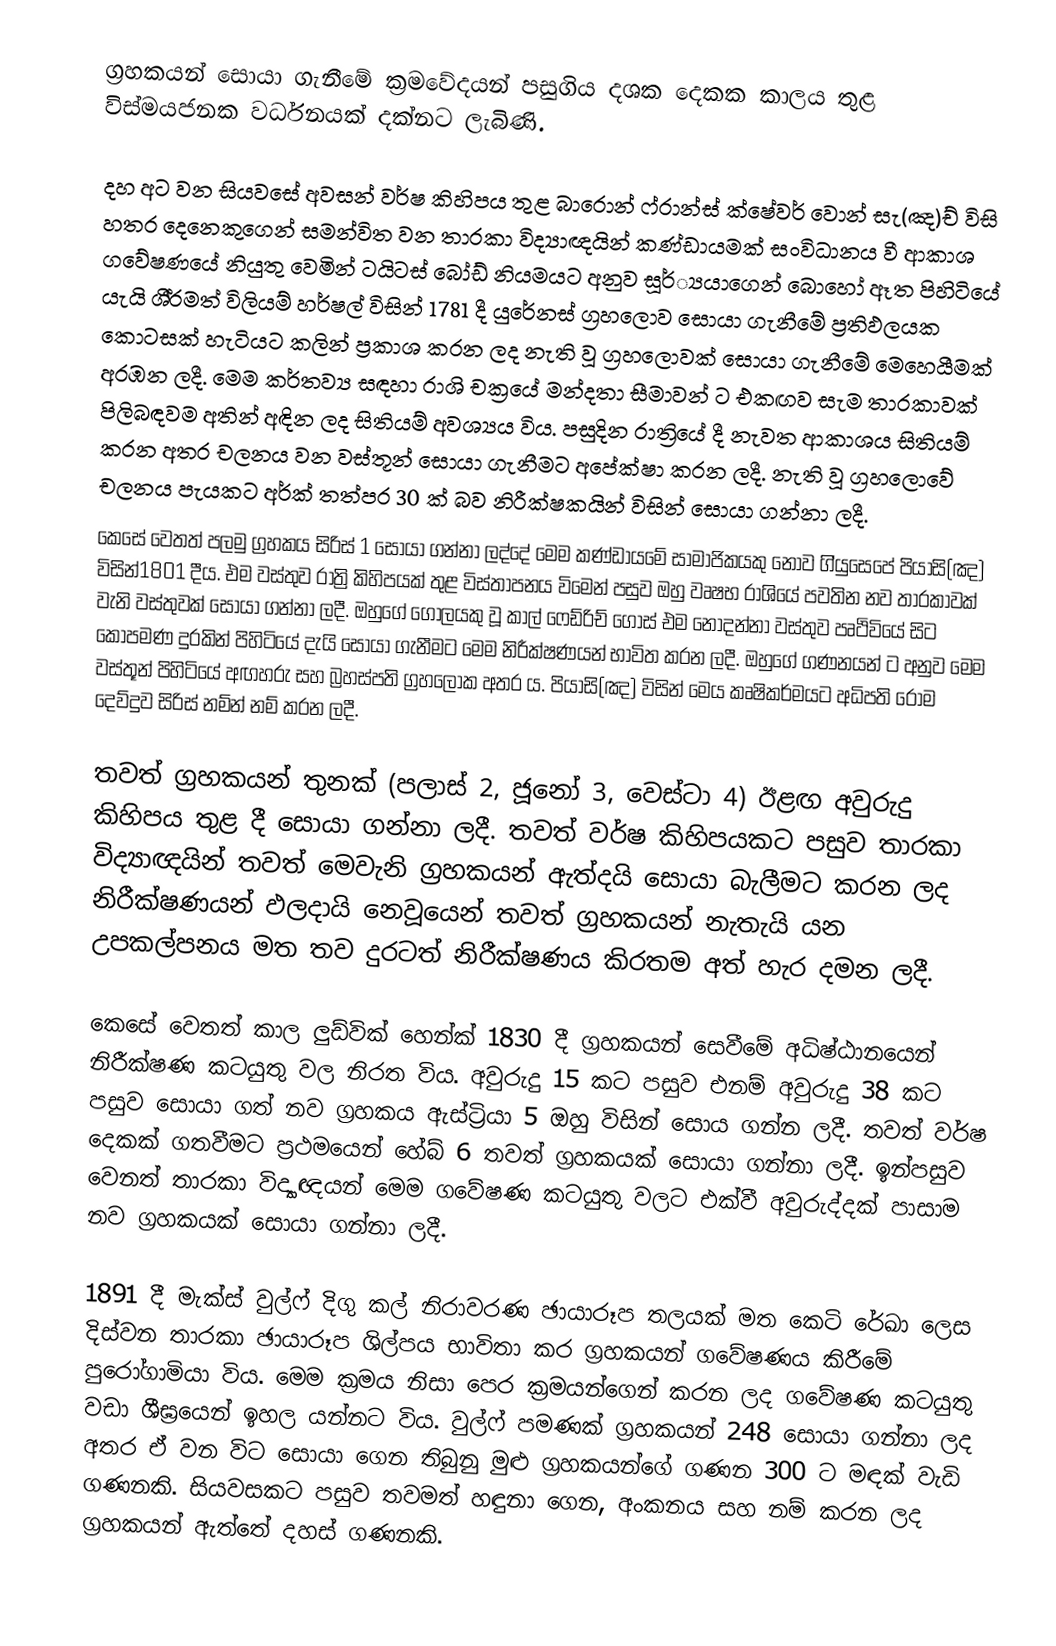
ග්‍රහකයන් සොයා ගැනීමේ ක්‍රමවේදයන් පසුගිය දශක දෙකක කාලය තුළ විස්මයජනක වර්ධනයක් දක්නට ලැබිණි.

දහ අට වන සියවසේ අවසන් වර්ෂ කිහිපය තුළ බාරොන් ෆ්රාන්ස් ක්ෂේවර් වොන් සැ(ඤ)ච් විසි හතර දෙනෙකුගෙන් සමන්විත වන තාරකා විද්‍යාඥයින් කණ්ඩායමක් සංවිධානය වී ආකාශ ගවේෂණයේ නියුතු වෙමින් ටයිටස් බෝඩ් නියමයට අනුව සූර්්‍යයාගෙන් බොහෝ ඈත පිහිටියේ යැයි ශී්‍රමත් විලියම් හර්ෂල් විසින් 1781 දී යුරේනස් ග්‍රහලොව සොයා ගැනීමේ ප්‍රතිඵලයක කොටසක් හැටියට කලින් ප්‍රකාශ කරන ලද නැති වූ ග්‍රහලොවක් සොයා ගැනීමේ මෙහෙයීමක් අරඹන ලදී. මෙම කර්තව්‍ය සඳහා රාශි චක්‍රයේ මන්දතා සීමාවන් ට එකඟව සැම තාරකාවක් පිලිබඳවම අතින් අඳින ලද සිතියම් අවශ්‍යය විය. පසුදින රාත්‍රියේ දී නැවත ආකාශය සිතියම් කරන අතර චලනය වන වස්තූන් සොයා ගැනීමට අපේක්ෂා කරන ලදී. නැති වූ ග්‍රහලොවේ චලනය පැයකට අර්ක් තත්පර 30 ක් බව නිරීක්ෂකයින් විසින් සොයා ගන්නා ලදී.
කෙසේ වෙතත් පලමු ග්‍රහකය සිරිස් 1 සොයා ගන්නා ලද්දේ මෙම කණ්ඩායමේ සාමාජිකයකු නොව ගි්‍යුසෙපේ පියාසි(ඤ) විසින්1801 දීය. එම වස්තුව රාත්‍රි කිහිපයක් තුළ විස්තාපනය විමෙන් පසුව ඔහු වෘෂභ රාශියේ පවතින නව තාරකාවක් වැනි වස්තුවක් සොයා ගන්නා ලදී.  ඔහුගේ ගෝලයකු වූ කාල් ෆෙඩ්රිච් ගෝස් එම නොදන්නා වස්තුව පෘථිවියේ සිට කොපමණ දුරකින් පිහිටියේ දැයි සොයා ගැනීමට මෙම නිරීක්ෂණයන් භාවිත කරන ලදී. ඔහුගේ ගණනයන් ට අනුව මෙම වස්තූන් පිහිටියේ අඟහරු සහ බ්‍රහස්පති ග්‍රහලෝක අතර ය. පියාසි(ඤ) විසින් මෙය කෘෂිකර්මයට අධිපති රෝම දෙව්දුව සිරිස් නම්න් නම් කරන ලදී.

තවත් ග්‍රහකයන් තුනක් (පලාස් 2, ජූනෝ 3, වෙස්ටා 4) ඊළඟ අවුරුදු කිහිපය තුළ දී සොයා ගන්නා ලදී. තවත් වර්ෂ කිහිපයකට පසුව තාරකා විද්‍යාඥයින් තවත් මෙවැනි ග්‍රහකයන් ඇත්දයි සොයා බැලීමට කරන ලද නිරීක්ෂණයන් ඵලදායි නෙවූයෙන් තවත් ග්‍රහකයන් නැතැයි යන උපකල්පනය මත තව දුරටත් නිරීක්ෂණය කිරතම අත් හැර දමන ලදී.

කෙසේ වෙතත් කාල ලුඩ්වික් හෙන්ක් 1830 දී ග්‍රහකයන් සෙවීමේ අධිෂ්ඨානයෙන් නිරීක්ෂණ කටයුතු වල නිරත විය. අවුරුදු 15 කට පසුව එනම් අවුරුදු 38 කට පසුව සොයා ගත් නව ග්‍රහකය ඇස්ට්‍රියා 5 ඔහු විසින් සොය ගන්න ලදී. තවත් වර්ෂ දෙකක් ගතවීමට ප්‍රථමයෙන් හේබ් 6 තවත් ග්‍රහකයක් සොයා ගන්නා ලදී. ඉන්පසුව වෙනත් තාරකා විද්‍යාඥයන් මෙම ගවේෂණ කටයුතු වලට එක්වී අවුරුද්දක් පාසාම නව ග්‍රහකයක් සොයා ගන්නා ලදී.

1891 දී මැක්ස් වුල්ෆ් දිගු කල් නිරාවරණ ඡායාරූප තලයක් මත කෙටි රේඛා ලෙස දිස්වන තාරකා ඡායාරූප ශිල්පය භාවිතා කර ග්‍රහකයන් ගවේෂණය කිරීමේ පුරෝගාමියා විය. මෙම ක්‍රමය නිසා පෙර ක්‍රමයන්ගෙන් කරන ලද ගවේෂණ කටයුතු වඩා ශීඝ්‍රයෙන් ඉහල යන්නට විය. වුල්ෆ් පමණක් ග්‍රහකයන් 248 සොයා ගන්නා ලද අතර ඒ වන විට සොයා ගෙන තිබුනු මුළු ග්‍රහකයන්ගේ ගණන 300 ට මඳක් වැඩි ගණනකි. සියවසකට පසුව තවමත් හඳුනා ගෙන, අංකනය සහ නම් කරන ලද ග්‍රහකයන් ඇත්තේ දහස් ගණනකි.